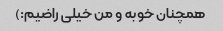
همچنان خوبه و من خیلی راضیم:)